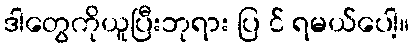
ဒါတွေကိုယူပြီးဘုရား ပြ င် ရမယ်ပေါ့။